画像に写った文字を読んでください
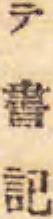
「テ書記」と書いてあります